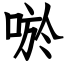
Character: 唹